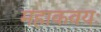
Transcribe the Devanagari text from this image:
महाकवयः